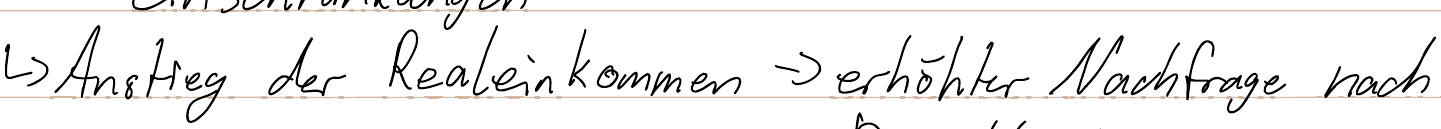
-> Anstieg der Realeinkommen -> erhöhter Nachfrage nach